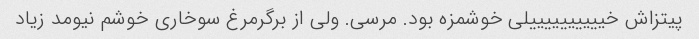
پیتزاش خییییییییییلی خوشمزه بود. مرسی. ولی از برگرمرغ سوخاری خوشم نیومد زیاد